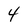
Character: 4